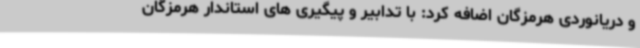
و دریانوردی هرمزگان اضافه کرد: با تدابیر و پیگیری های استاندار هرمزگان